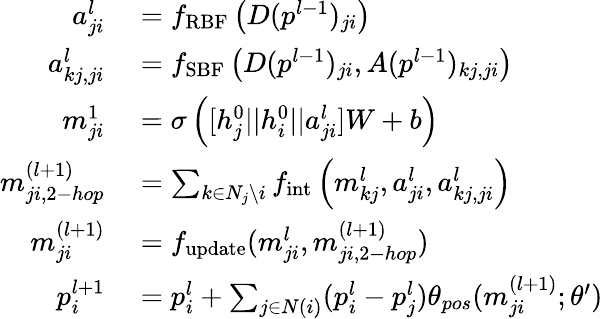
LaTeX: \begin{array}{rl}{a_{ji}^{l}}&{{}=f_{\mathrm{RBF}}\left(D(p^{l-1})_{ji}\right)}\\ {a_{kj,ji}^{l}}&{{}=f_{\mathrm{SBF}}\left(D(p^{l-1})_{ji},A(p^{l-1})_{kj,ji}\right)}\\ {m_{ji}^{1}}&{{}=\sigma\left([h_{j}^{0}||h_{i}^{0}||a_{ji}^{l}]W+b\right)}\\ {m_{ji,2-hop}^{(l+1)}}&{{}=\sum_{k\in N_{j}\setminus{i}}f_{\mathrm{int}}\left(m_{kj}^{l},a_{ji}^{l},a_{kj,ji}^{l}\right)}\\ {m_{ji}^{(l+1)}}&{{}=f_{\mathrm{update}}(m_{ji}^{l},m_{ji,2-hop}^{(l+1)})}\\ {p_{i}^{l+1}}&{{}=p_{i}^{l}+\sum_{j\in N(i)}(p_{i}^{l}-p_{j}^{l})\theta_{pos}(m_{ji}^{(l+1)};\theta^{\prime})}\end{array}